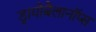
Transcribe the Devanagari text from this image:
ड्रायोबैलानॉप्स